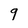
Character: 9